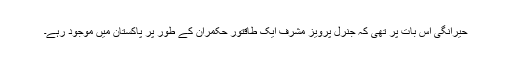
حیرانگی اس بات پر تھی کہ جنرل پرویز مشرف ایک طاقتور حکمران کے طور پر پاکستان میں موجود رہے۔